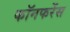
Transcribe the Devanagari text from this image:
कॉनफरेंस